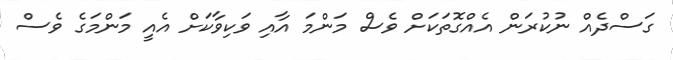
ގަސްދެއް ނުކުރަން އެއްގޮތަކަށް ވެސް މަންމަ އާއި ވަކިވާކަށް އެއީ މަންމަގެ ވެސް